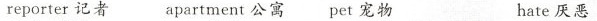
reporter 记者 aprtment公寓 pet 宠物 hate厌恶